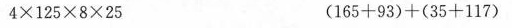
$$4×125×8×25 $$$$(165+93)+(35+117) $$